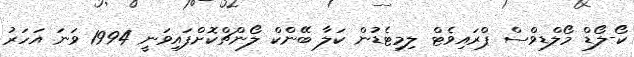
ކޯ-ލޯޑް މޯލްޑިވްސް ޕްރައިވެޓް ލިމިޓެޑުން ކަލާ ބޭންކް ލޯންޗްކޮށްފައިވަނީ 1994 ވަނަ އަހަރު